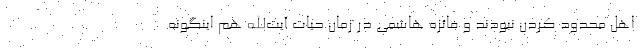
اهل محدود کردن نبودند و فائزه هاشمی در زمان حیات آیت‌الله هم اینگونه